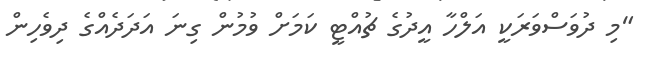
"މި ދުވަސްވަރަކީ އަލްހާ އީދުގެ ޗުއްޓީ ކަމަށް ވުމުން ގިނަ އަދަދެއްގެ ދިވެހިން